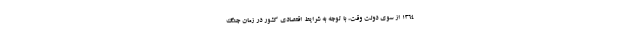
۱۳۶۴ از سوی دولتِ وقت، با توجه به شرایط اقتصادی کشور در زمان جنگ